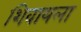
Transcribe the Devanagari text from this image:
शिवायला